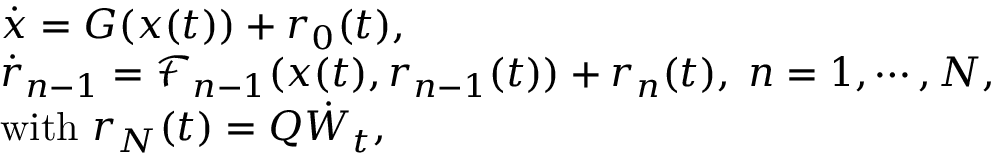
\begin{array} { r l } & { \dot { \boldsymbol { x } } = G ( \boldsymbol { x } ( t ) ) + \boldsymbol { r } _ { 0 } ( t ) , } \\ & { \dot { \boldsymbol { r } } _ { n - 1 } = \mathcal { F } _ { n - 1 } ( \boldsymbol { x } ( t ) , \boldsymbol { r } _ { n - 1 } ( t ) ) + \boldsymbol { r } _ { n } ( t ) , \; n = 1 , \cdots , N , } \\ & { \mathrm { w i t h ~ } \boldsymbol { r } _ { N } ( t ) = \boldsymbol { Q } \dot { { \boldsymbol { W } } } _ { t } , } \end{array}